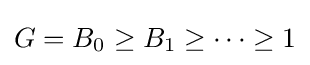
G=B_{0}\geq B_{1}\geq \cdots \geq 1